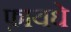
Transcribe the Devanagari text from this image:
फ़ायधे